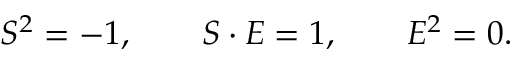
{ \cal S } ^ { 2 } = - 1 , \qquad { \cal S } \cdot { \cal E } = 1 , \qquad { \cal E } ^ { 2 } = 0 .